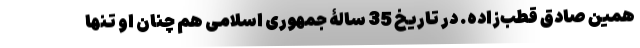
همین صادق قطب‌زاده. در تاریخ 35 سالۀ جمهوری اسلامی هم چنان او تنها